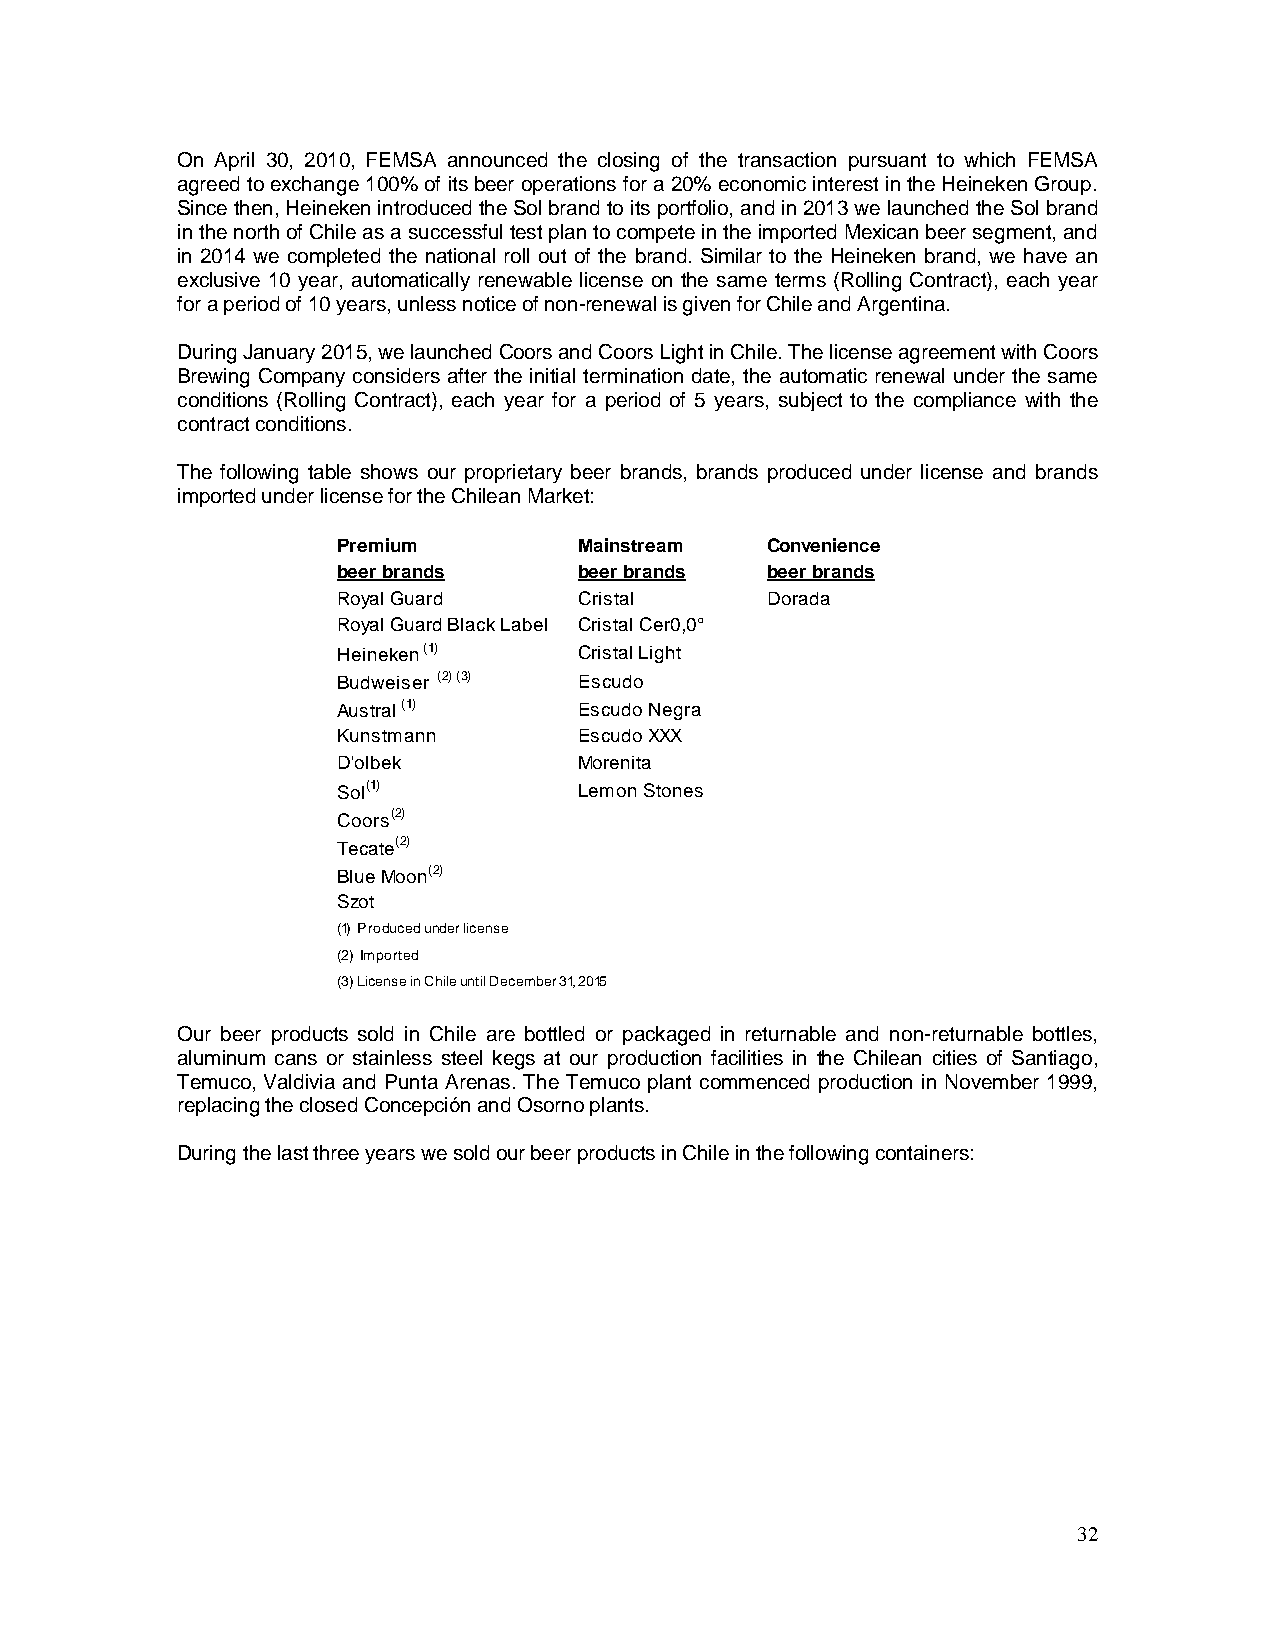
On April 30, 2010, FEMSA announced the closing of the transaction pursuant to which FEMSA
 agreed to exchange 100% of its beer operations for a 20% economic interest in the Heineken Group.
 Since then, Heineken introduced the Sol brand to its portfolio, and in 2013 we launched the Sol brand
 in the north of Chile as a successful test plan to compete in the imported Mexican beer segment, and
 in 2014 we completed the national roll out of the brand. Similar to the Heineken brand, we have an
 exclusive 10 year, automatically renewable license on the same terms (Rolling Contract), each year
 for a period of 10 years, unless notice of non-renewal is given for Chile and Argentina.
 During January 2015, we launched Coors and Coors Light in Chile. The license agreement with Coors
 Brewing Company considers after the initial termination date, the automatic renewal under the same
 conditions (Rolling Contract), each year for a period of 5 years, subject to the compliance with the
 contract conditions.
 The following table shows our proprietary beer brands, brands produced under license and brands
 imported under license for the Chilean Market:
 Premium         Mainstream   Convenience
 beer brands     beer brands  beer brands
 Royal Guard     Cristal      Dorada
 Royal Guard Black Label Cristal Cer0,0°
 Heineken (1)    Cristal Light
 Budweiser (2) (3) Escudo
 Austral (1)     Escudo Negra
 Kunstmann       Escudo XXX
 D'olbek         Morenita
 Sol(1)          Lemon Stones
 Coors(2)
 Tecate(2)
 Blue Moon(2)
 Szot
 (1) Produced under license
 (2) Imported
 (3) License in Chile until December 31, 2015
 Our beer products sold in Chile are bottled or packaged in returnable and non-returnable bottles,
 aluminum cans or stainless steel kegs at our production facilities in the Chilean cities of Santiago,
 Temuco, Valdivia and Punta Arenas. The Temuco plant commenced production in November 1999,
 replacing the closed Concepción and Osorno plants.
 During the last three years we sold our beer products in Chile in the following containers:
 32